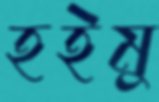
হইমু